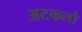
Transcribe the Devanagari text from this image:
अटकलो